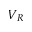
V _ { R }